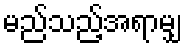
မည်သည့်အရာမျှ